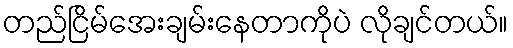
တည်ငြိမ်အေးချမ်းနေတာကိုပဲ လိုချင်တယ်။